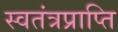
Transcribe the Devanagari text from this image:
स्वतंत्रप्राप्ति